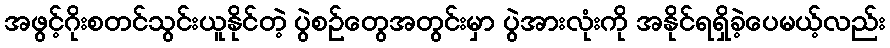
အဖွင့်ဂိုးစတင်သွင်းယူနိုင်တဲ့ ပွဲစဉ်တွေအတွင်းမှာ ပွဲအားလုံးကို အနိုင်ရရှိခဲ့ပေမယ့်လည်း